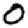
Digit: 0